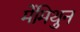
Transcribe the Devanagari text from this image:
मेंमिथुन